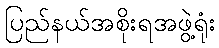
ပြည်နယ်အစိုးရအဖွဲ့ရုံး